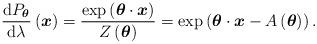
LaTeX: \begin{align*}\frac{\mathrm{d}P_{\boldsymbol{\theta}}}{\mathrm{d}\lambda}\left(\boldsymbol{x}\right) & =\frac{\exp\left(\boldsymbol{\theta}\cdot\boldsymbol{x}\right)}{Z\left(\boldsymbol{\theta}\right)}=\exp\left(\boldsymbol{\theta}\cdot\boldsymbol{x}-A\left(\boldsymbol{\theta}\right)\right).\end{align*}